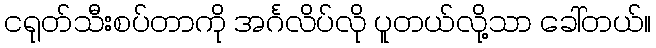
ငရုတ်သီးစပ်တာကို အင်္ဂလိပ်လို ပူတယ်လို့သာ ခေါ်တယ်။